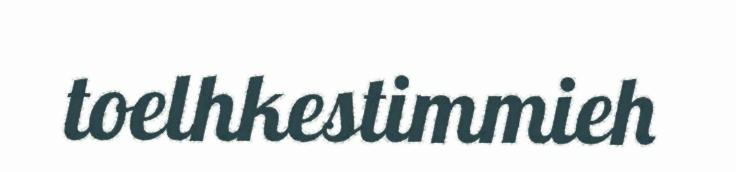
toelhkestimmieh